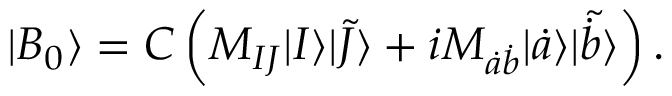
| B _ { 0 } \rangle = C \left( M _ { I J } | I \rangle \tilde { | J \rangle } + i M _ { \dot { a } \dot { b } } | \dot { a } \rangle \tilde { | \dot { b } \rangle } \right) .